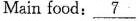
Main food: \underline{7}